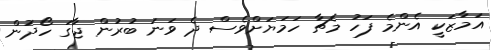
އަމާޒަކީ އެންމެ ފަހު މެޗާ ހަމަޔަށްވެސް ދެ ވަނަ ބުރުން ޖާގަ ހޯދުން